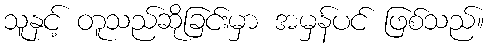
သူနှင့် တူသည်ဆိုခြင်းမှာ အမှန်ပင် ဖြစ်သည်။